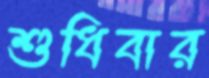
শুধিবার